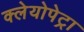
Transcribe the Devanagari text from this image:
क्लेयोपेट्रा